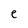
Character: e